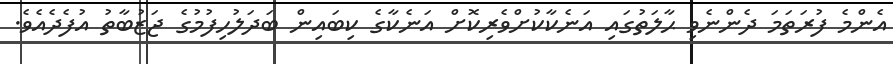
އެންމެ ފުރަތަމަ ދެންނެވި ޙާލަތުގައި އަނެކާކުށްވެރިކޮށް އަނެކާގެ ކިބައިން ބަދަލުހިފުމުގެ ޖަޒުބާތު އުފެދެއެވެ.